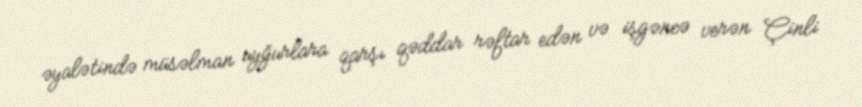
əyalətində müsəlman uyğurlara qarşı qəddar rəftar edən və işgəncə verən Çinli